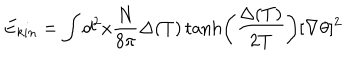
E _ { k i n } = \int d ^ { 2 } x \frac { N } { 8 \pi } \Delta ( T ) \tanh \left( \frac { \Delta ( T ) } { 2 T } \right) [ \nabla \theta ] ^ { 2 }